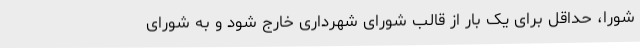
شورا، حداقل برای یک بار از قالب شورای شهرداری خارج شود و به شورای